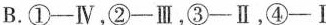
B.①-Ⅳ，②-Ⅲ，③-Ⅱ，④-Ⅰ